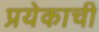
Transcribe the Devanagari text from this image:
प्रयेकाची